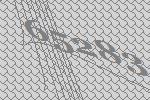
65283